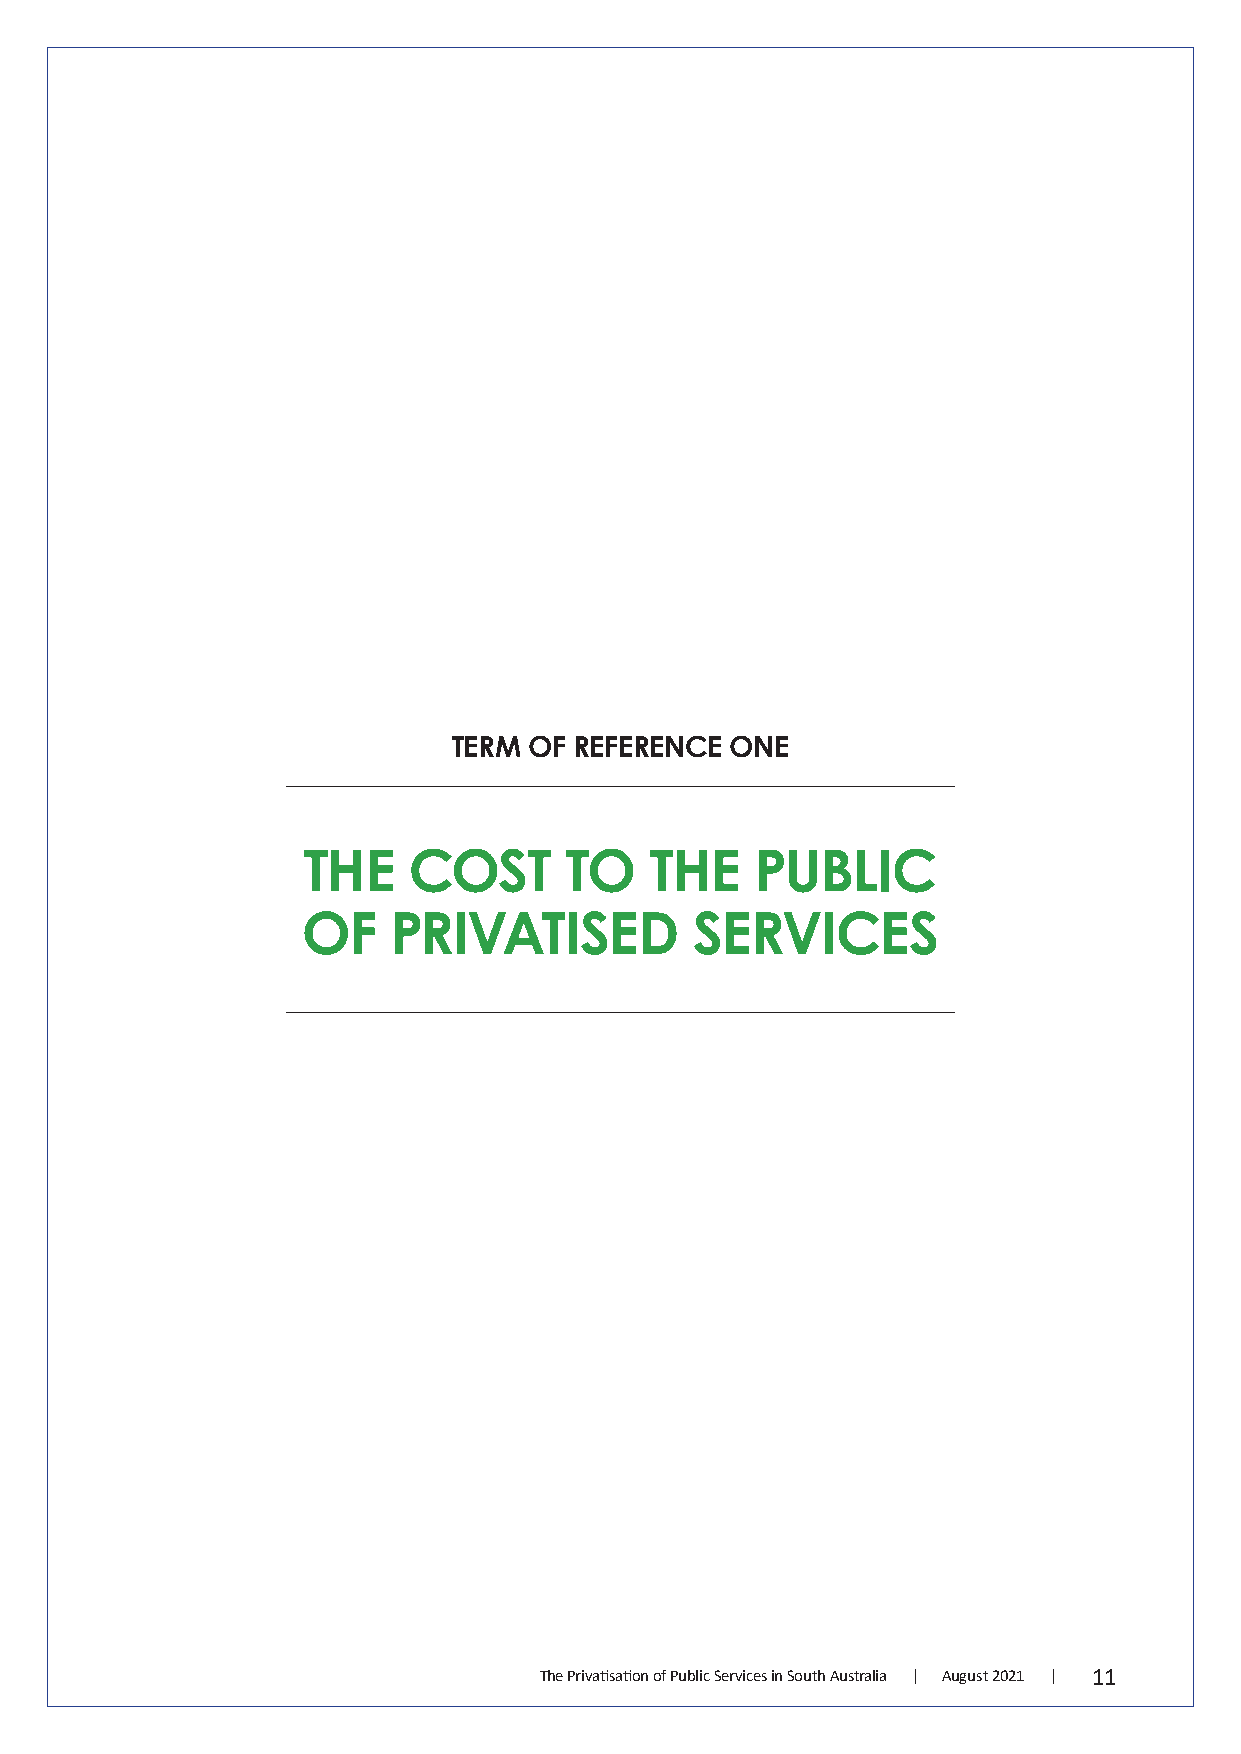
TERM OF REFERENCE ONE
 THE    COST      TO    THE    PUBLIC
 OF    PRIVATISED          SERVICES
 The Privatisation of Public Services in South Australia | August 2021 | 11